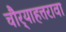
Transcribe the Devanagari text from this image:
चौर्‍याहत्तरावा